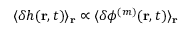
\langle \delta h ( \mathbf { r } , t ) \rangle _ { \mathbf { r } } \propto \langle \delta \phi ^ { ( m ) } ( \mathbf { r } , t ) \rangle _ { \mathbf { r } }